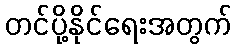
တင်ပို့နိုင်ရေးအတွက်